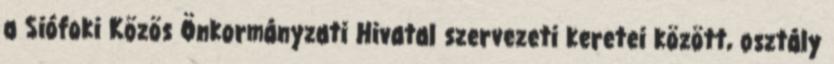
a Siófoki Közös Önkormányzati Hivatal szervezeti keretei között, osztály